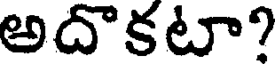
అదొకటా?